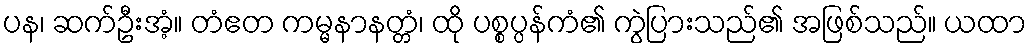
ပန၊ ဆက်ဦးအံ့။ တံဧတ ကမ္မနာနတ္တံ၊ ထို ပစ္စပ္ပန်ကံ၏ ကွဲပြားသည်၏ အဖြစ်သည်။ ယထာ